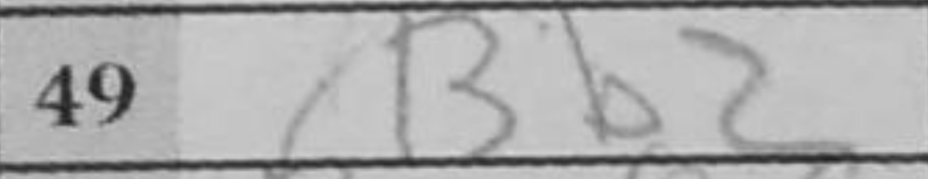
Transcription: Bb2